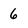
Character: 6